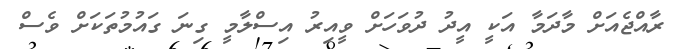
ރާއްޖެއަށް މާދަމާ އަކީ އީދު ދުވަހަށް ވީއިރު އިސްލާމީ ގިނަ ގައުމުތަކަށް ވެސް